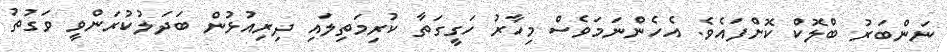
ނަންބަރު ބްލޮކް ކޮށްފައެވެ. އެހެންނަމަވެސް މިހާރު ހަގީގަތާ ކުރިމަތިލައި ދިރިއުޅުން ބަދަލުކުރަންވީ ވަގުތު